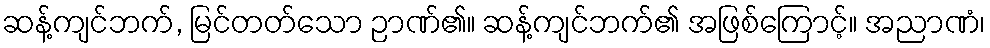
ဆန့်ကျင်ဘက်, မြင်တတ်သော ဉာဏ်၏။ ဆန့်ကျင်ဘက်၏ အဖြစ်ကြောင့်။ အညာဏံ၊